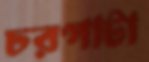
চরপাটা